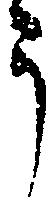
う